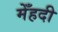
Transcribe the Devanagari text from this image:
मेँहदी